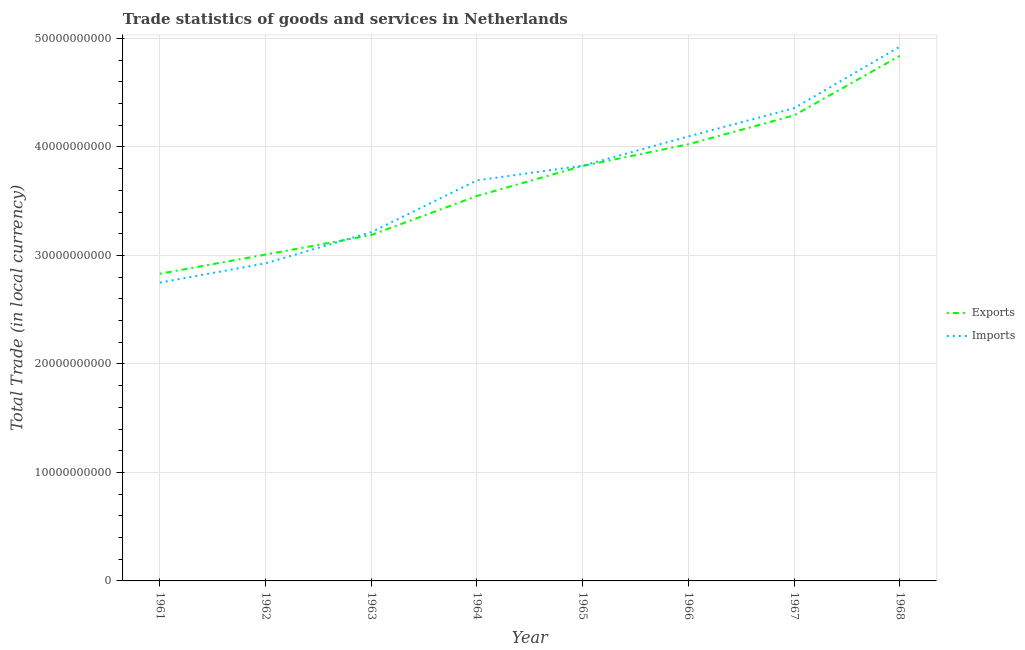
| Year | Exports | Imports |
 | --- | --- | --- |
 | 1961 | 2.83e+10 | 2.75e+10 |
 | 1962 | 3.01e+10 | 2.93e+10 |
 | 1963 | 3.19e+10 | 3.21e+10 |
 | 1964 | 3.55e+10 | 3.69e+10 |
 | 1965 | 3.82e+10 | 3.83e+10 |
 | 1966 | 4.02e+10 | 4.1e+10 |
 | 1967 | 4.29e+10 | 4.36e+10 |
 | 1968 | 4.84e+10 | 4.92e+10 |